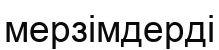
мерзімдерді